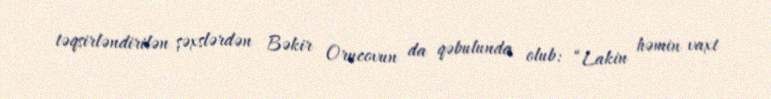
təqsirləndirilən şəxslərdən Bəkir Orucovun da qəbulunda olub: “Lakin həmin vaxt